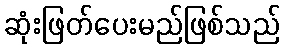
ဆုံးဖြတ်ပေးမည်ဖြစ်သည်